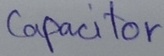
Text: Capacitor